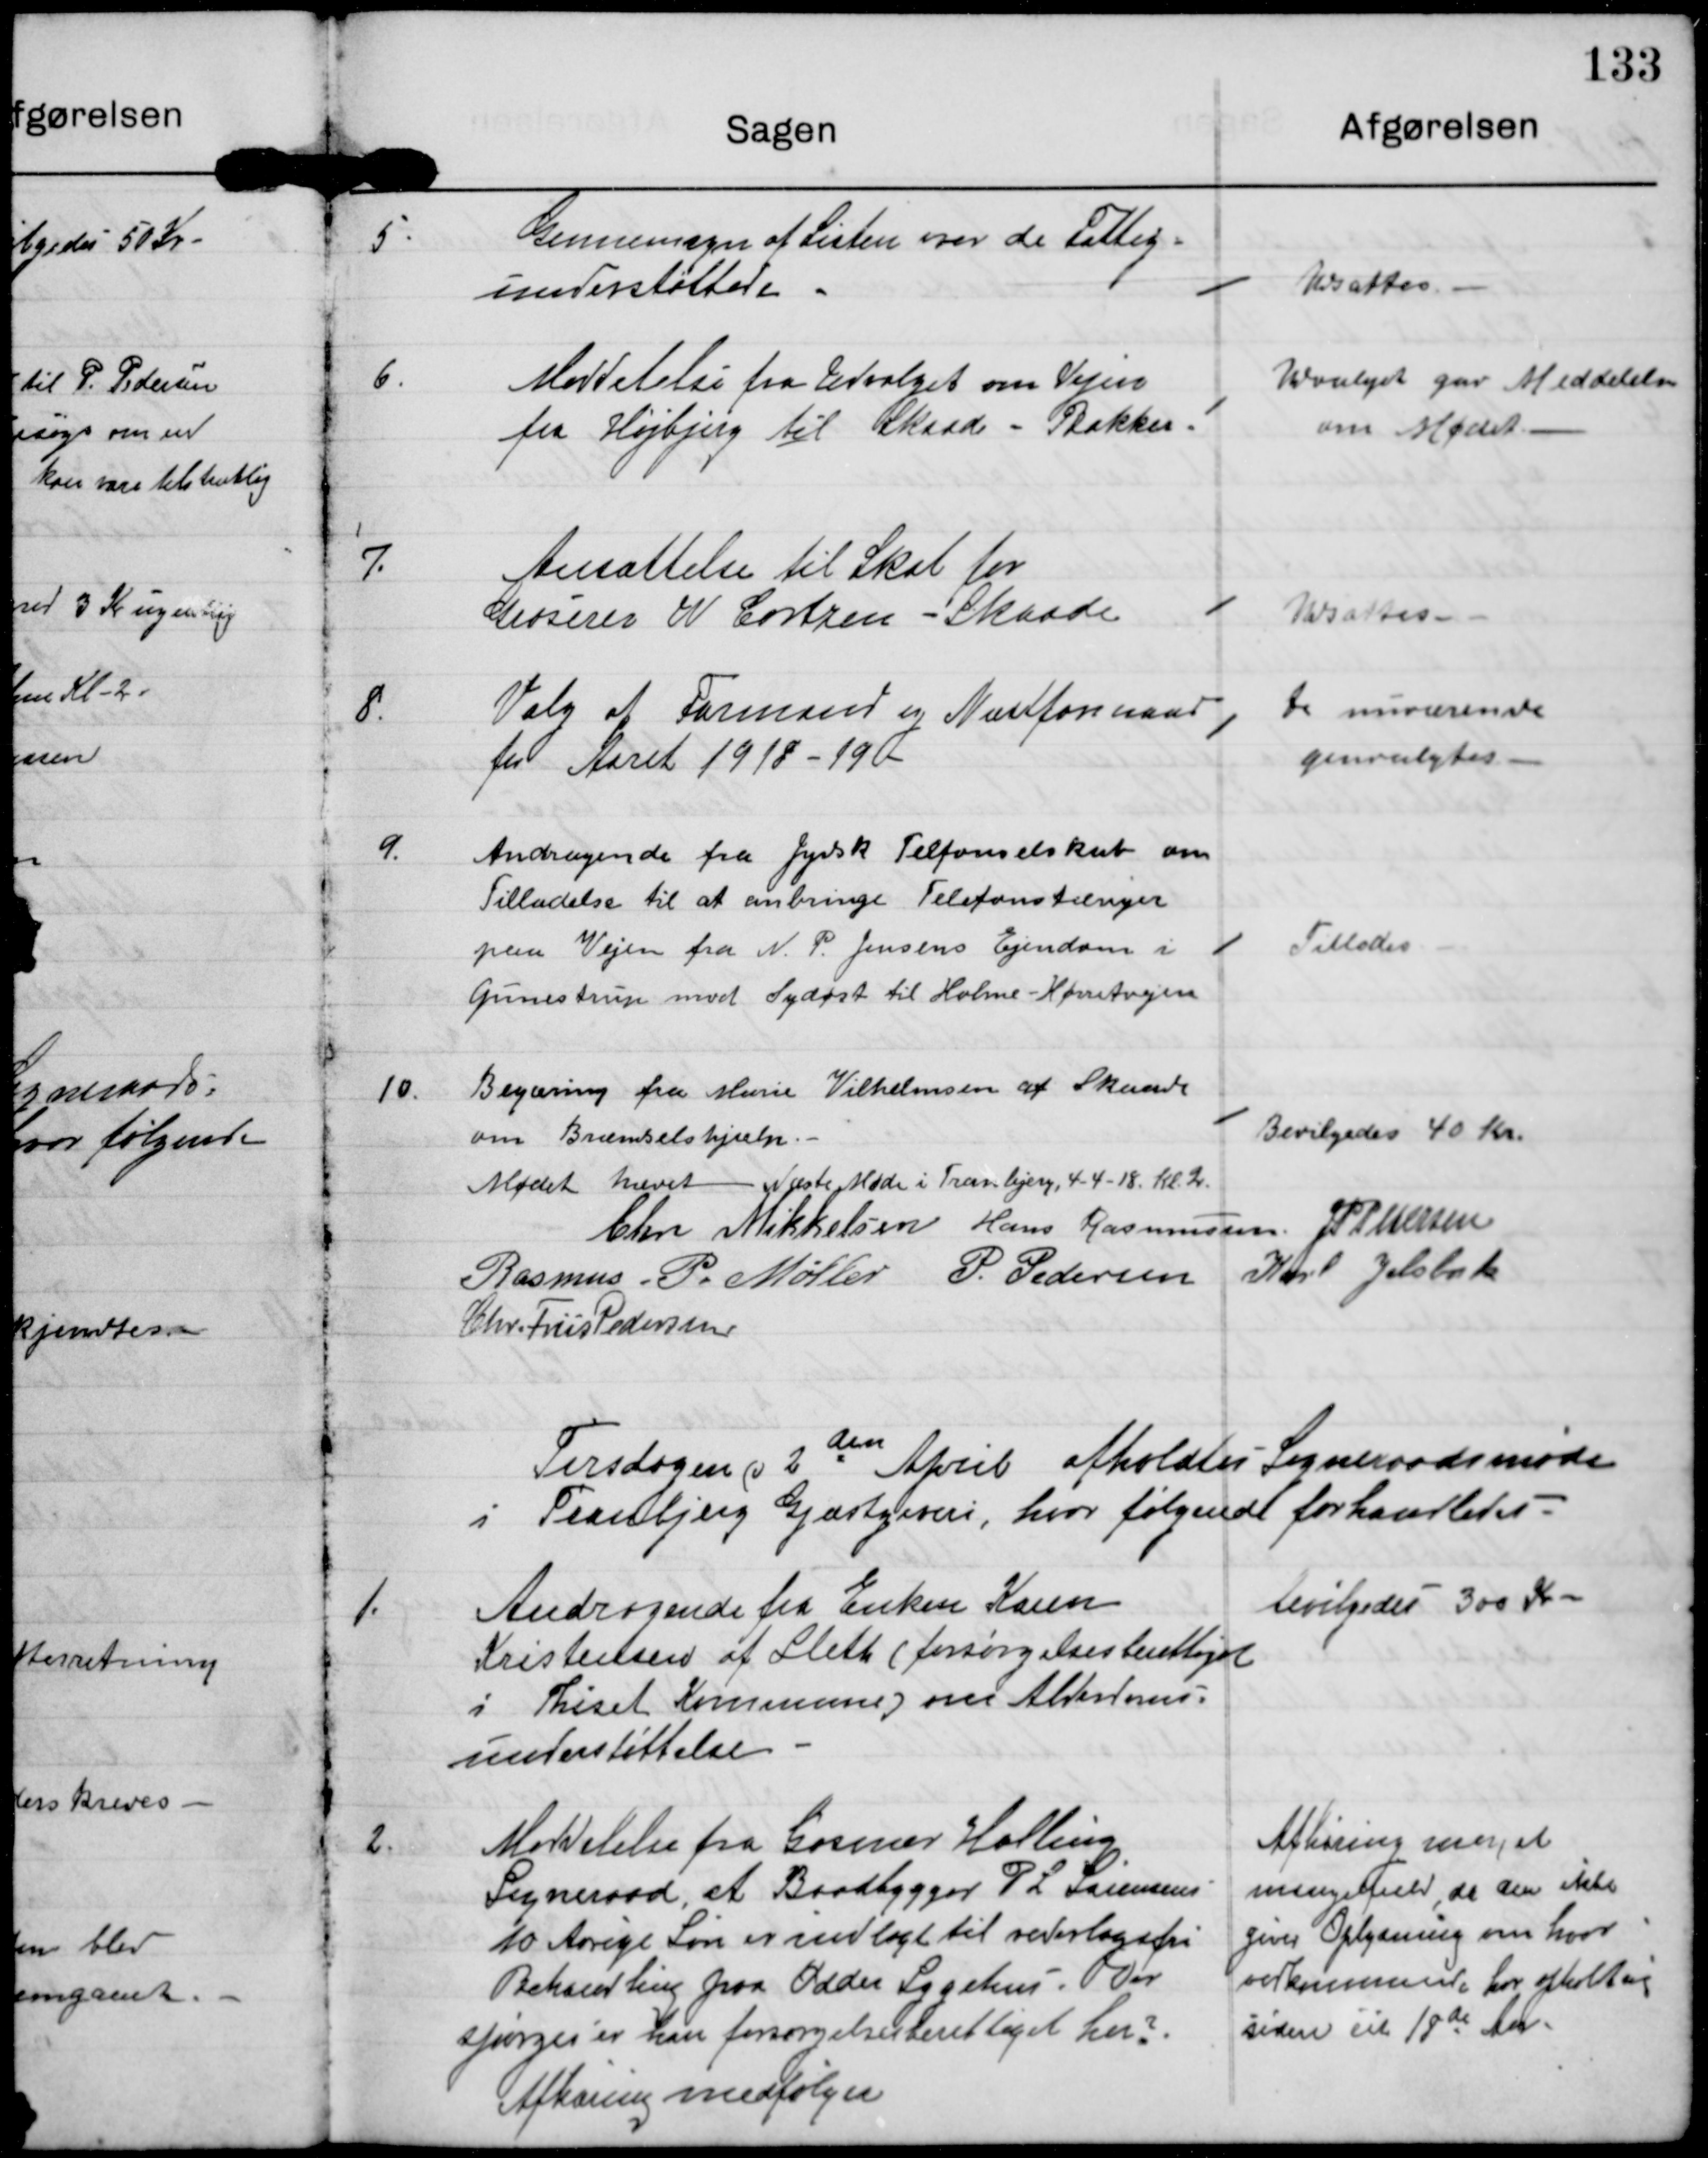
Transskription:
5.

Gennemsyn af Listen over de Fattig-
understøttede.

Udsattes

6.

Meddelelse fra Udvalget om Vejen
fra Højbjerg til Skaade Bakker

udvalget gav Meddelelse
om Mødet

7.

Ansættelse til Skat for
Groserer W. Cortzen - Skaade

Udsattes

8.

Valg af Formand og Næstformand
for Aaret 1918-19.

De nuværende
genvalgtes

9.

Andragende fra Jysk Telfonselskab om
Tilladelse til at anbringe Telefonstænger
paa Vejen fra N. P. Jensens Ejendom i
Gunnestrup mod Sydøst til Holme-Hørretvejen.

Tillades

1.

Begæring fra Marie Vilhelmsen af Skaade
om Brændselshjælp

Bevilgedes 40 Kr.

Mødet hævet

Næste Møde i Tranbjerg 4-4-18 Kl. 2

Chr. Mikkelsen

Hans Rasmussen

JP Pedersen

Rasmus P. Møller

P. Pedersen

Karl Jelsbak

Chr.Friis Pedersen

Torsdagen d 2 den April afholdtes Sogneraadsmøde
i Tranbjerg Gjæstgiveri, hvor følgende forhandledes

1.

Andragende fra Enken Karen
Kristensen af Sleth (forsørgelsesberettiget
i Thiset Kommune) om Aldersoms-
understøttelse.

bevilgedes 300 kr.

2.

Meddelelse fra Gosmer Halling
Sogneraad, at Baadbygger P.L. Sørensens
10 aarige Søn er indlagt til vederlagsfri
Behandling paa Odder Sygehus. Der
spørges er han forsørgelsesberettiget her?
Afhøring medfølger.

Afhøring meget
mangelfuld, da den ikke
giver Oplysning om hvor
vedkommende har opholdt sig
siden sit 18de Aar.